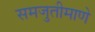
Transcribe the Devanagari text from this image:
समजुतीमाणे